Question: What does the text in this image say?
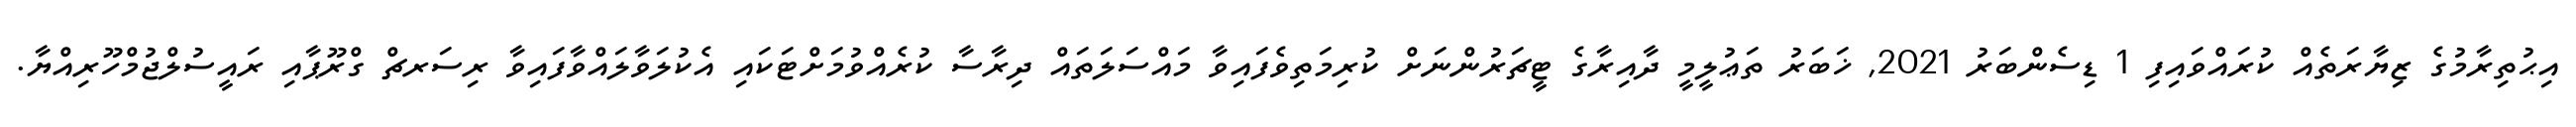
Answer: އިޙުތިރާމުގެ ޒިޔާރަތެއް ކުރައްވައިފި 1 ޑިސެންބަރު 2021, ޚަބަރު ތަޢުލީމީ ދާއިރާގެ ޓީޗަރުންނަށް ކުރިމަތިވެފައިވާ މައްސަލަތައް ދިރާސާ ކުރެއްވުމަށްޓަކައި އެކުލަވާލައްވާފައިވާ ރިސަރޗް ގްރޫޕާއި ރައީސުލްޖުމްހޫރިއްޔާ.